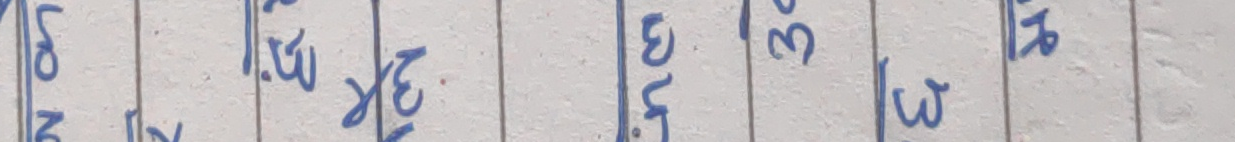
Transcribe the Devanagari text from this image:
लो नो १.१ ३.५ ३१५ ला